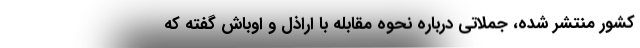
کشور منتشر شده، جملاتی درباره نحوه مقابله با اراذل و اوباش گفته که